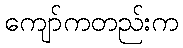
ကျော်ကတည်းက